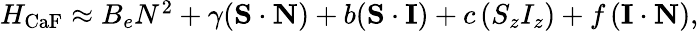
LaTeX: \begin{array}{r}{H_{\mathrm{CaF}}\approx B_{e}N^{2}+\gamma\mathbf{\left(S\cdot N\right)}+b\mathbf{\left(S\cdot I\right)}+c\left(S_{z}I_{z}\right)+f\left(\mathbf{I\cdot N}\right),}\end{array}